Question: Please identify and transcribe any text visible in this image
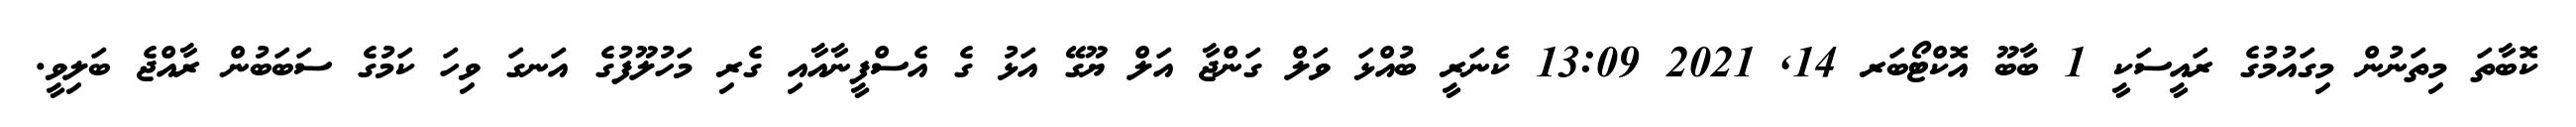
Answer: ކޮބާތަ މިތަނުން މިގައުމުގެ ރައީސަކީ 1 ބާބޫ އޮކްޓޯބަރ 14, 2021 13:09 ކެނަރީ ބުއްޅަ ވަލް ގަންޖާ އަލް ޔޫގޭ އަޅު ގެ އެސްފީނާއާއި ގެރި މަހުލޫފުގެ އަނގަ ވިހަ ކަމުގެ ސަބަބުން ރާއްޖެ ބަލިވީ.